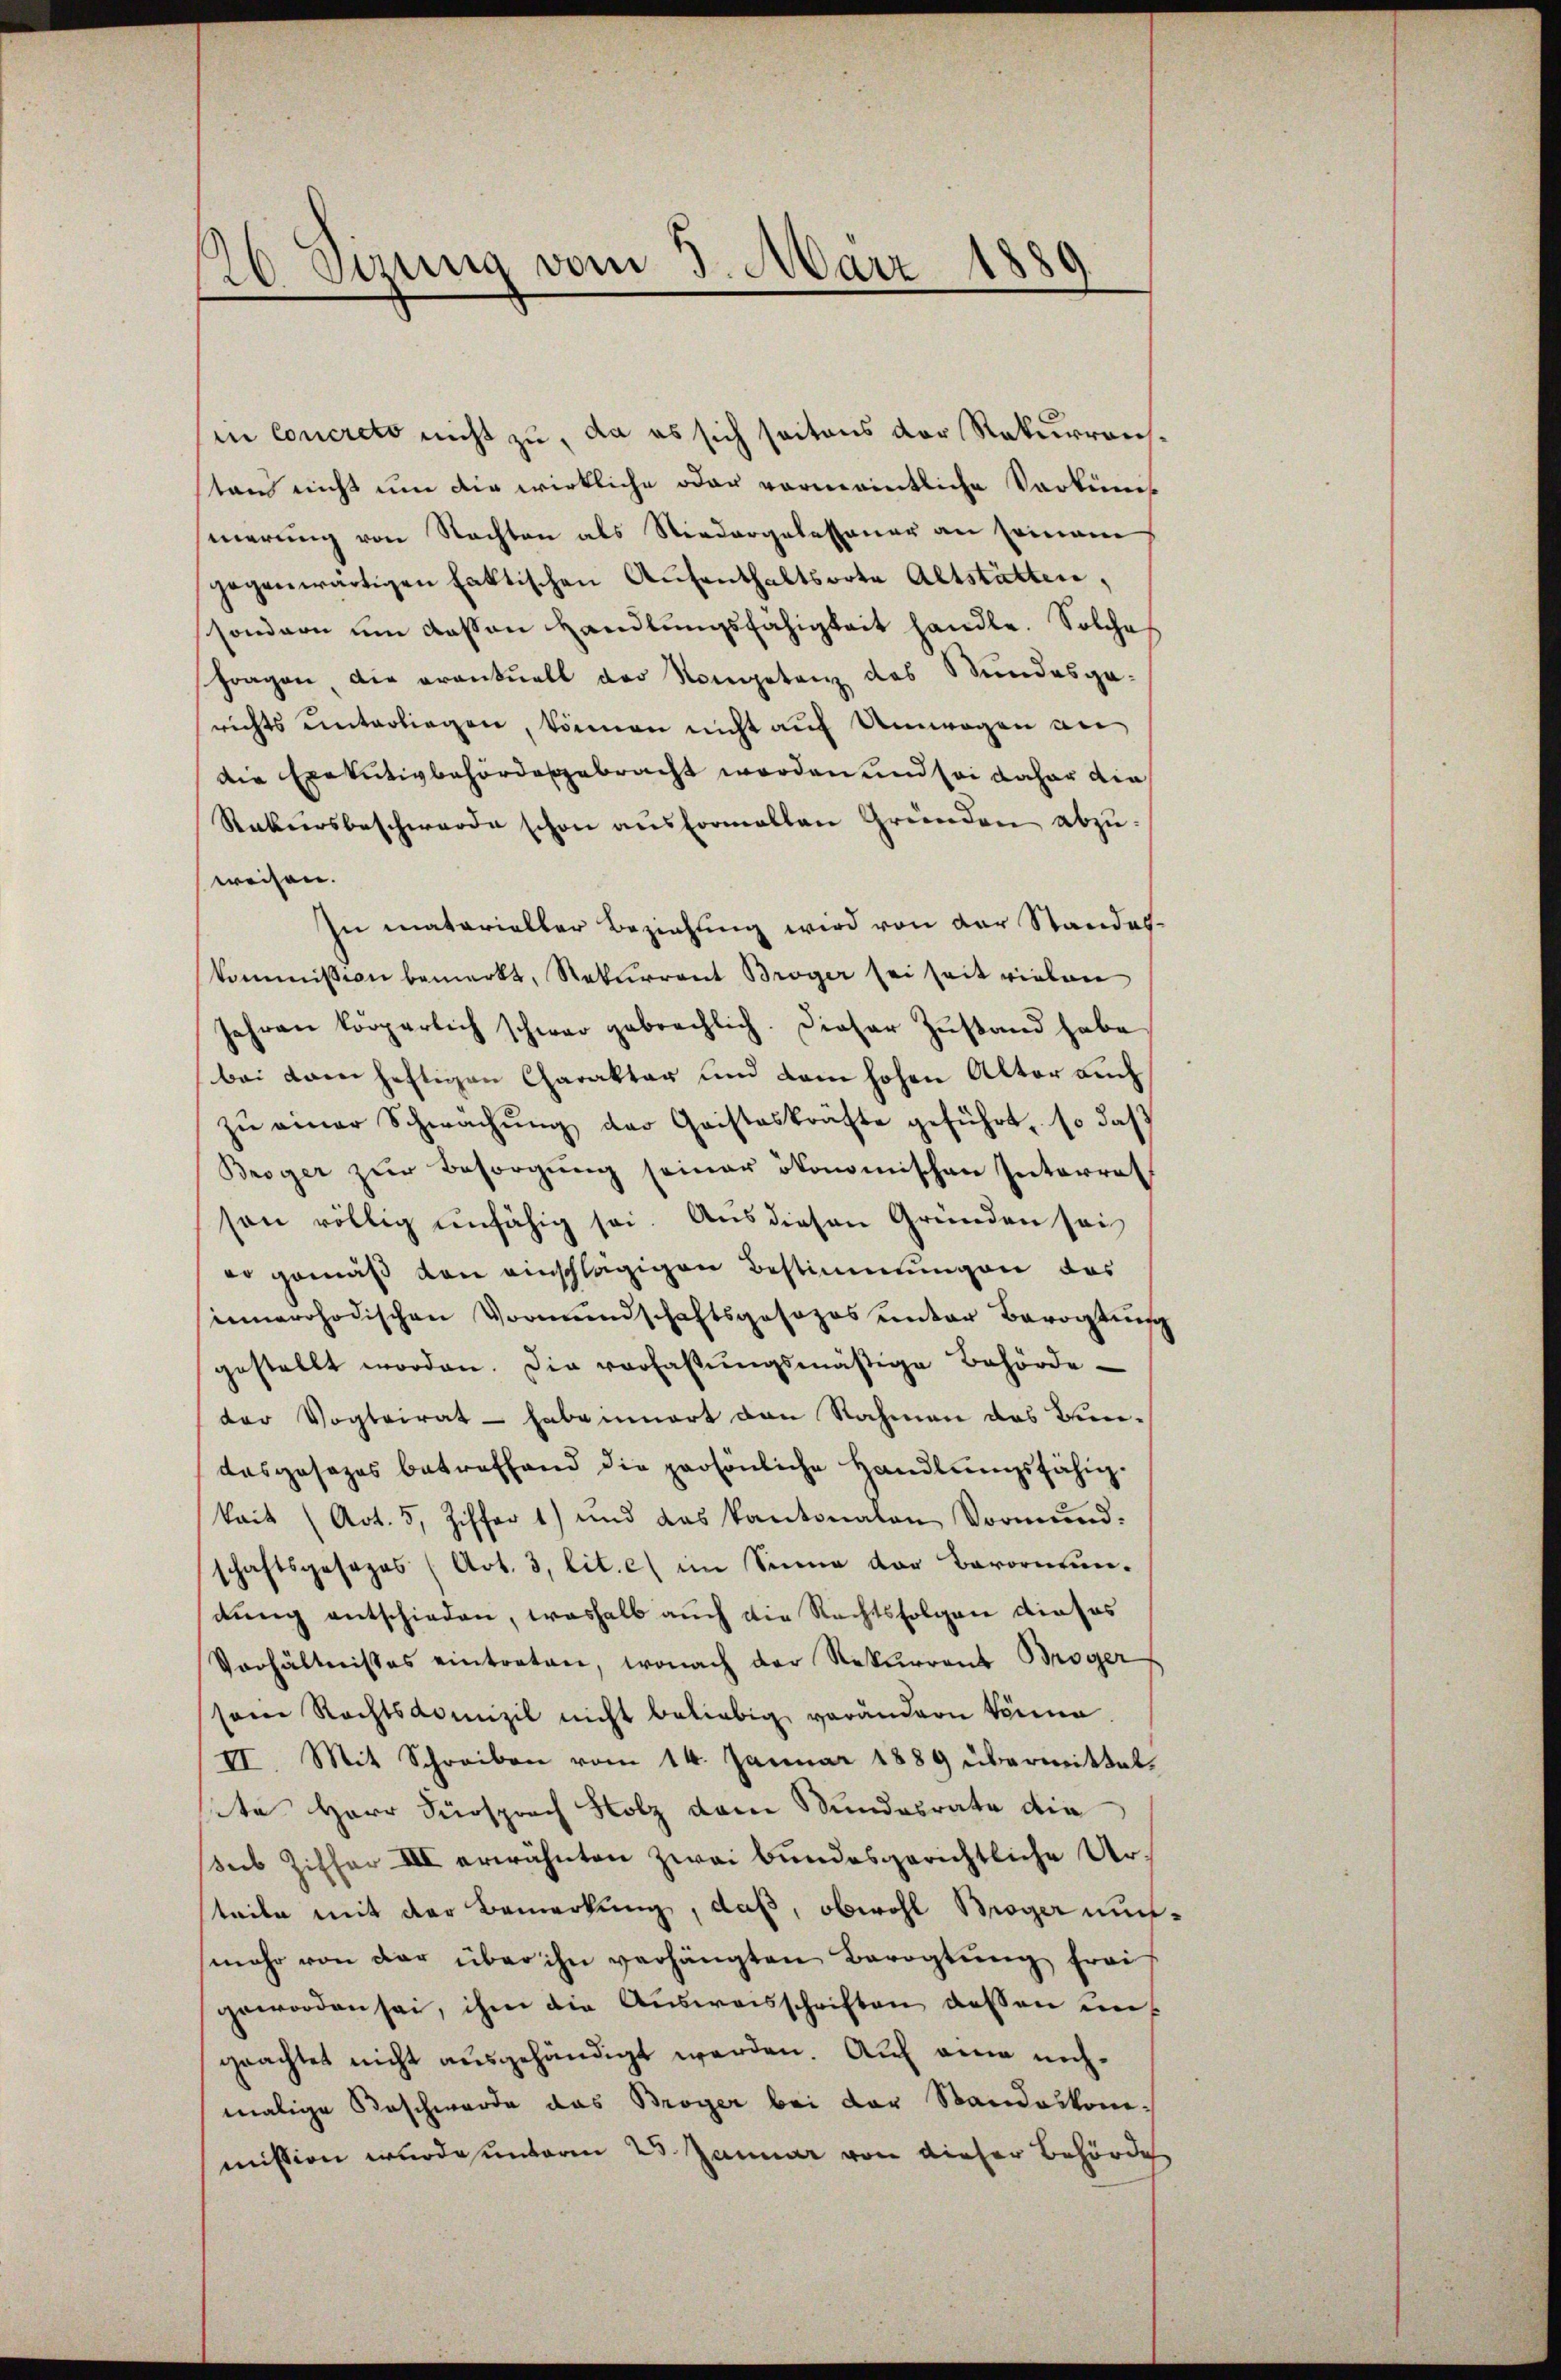
126 Setzung vom 3. März 1889

in concreto nicht zu, da es sich seitens der Rekurrentan nicht um die wirkliche oder vormanntliche Vorkin
sierung von Nachten als Niedergelessauer an seinem
gegenwärtigen faktischen Aŭfenthaltsvote Altstätten,
sondern um dessen Handlungsfähigkeit handle. Solche
Fragen die eventuell der Vorgetanz des Bundesga-
richts unterliegen, können nicht auf Umwegen an
die Exekutivbehörde gebracht worden und sei daher die
Rakursbeschwerde schon ausformallen Gründen abzuweisen.
In materieller Beziehung wird von der Standeskommission bemerkt, Rekurrent Broger sei seit vielen
Jahren körperlich schwer gebrachlich. Dieser Zustand habe
bei dann heftigen Charakter und dem hohen Alter auch
zŭ einer Schwachŭng der Cristeskräfte geführt, so daß
Broger zŭr Besorgŭng seiner ökonomischen Interrat
son völlig unfähig sei. Aus diesen Gründen sei
er gemäß von einschlägigen Bestimmungen das
sinnerchodischen Vormundschaftsgesezes unter Bevogtung
gestellt worden. Die vorhaltŭngsmäßige Behörde
der Vogteirat - habe innert den Nahmen das Trendasgesezes betreffend die persönliche Handlungsfähigkait (Art. 5, Ziffer 1) und das kantonalen Vormŭnd-
schaftsgesezes (Art. 3, lit. c) im Sinne der Barorntundung entschieden, weshalb auch die Rechtsfolgen dieses
Verhältnisses eintreten, wonach der Rekurrent Broger
sem Rechtsdomizil nicht beliebig verändern könne,
II. Mit Schreiben vom 14. Januar 1889 übermittet.
te Herr Fürsprach Holz dem Stundesrate die
Seeb Ziffer III erwähnten zwei bundesgerichtliche Urteile mit der Bemerkung, daß, obwohl Moger nunmehr von der über ihn verhängten Bevogtŭng frei
geworden sei, ihm die Ausweisschriften dessen ungeachtet nicht ausgehändigt werden. Auf eine nachmalige Beschwerde das Broger bei der Standeskommission wurde unterm 25. Januar von dieser Behörde